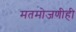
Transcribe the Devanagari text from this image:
मतमोजणीही